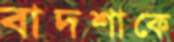
বাদশাকে